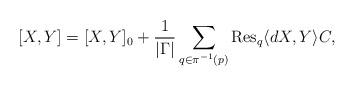
LaTeX: \begin{align*} [X, Y] =[X,Y]_0+ \frac{1}{|\Gamma|} \sum_{q\in \pi^{-1}(p) } {\rm Res}_{q} \langle d X, Y \rangle C, \end{align*}